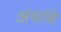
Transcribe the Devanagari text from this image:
अंधांचे